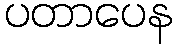
ပတာပေန